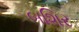
બશિર